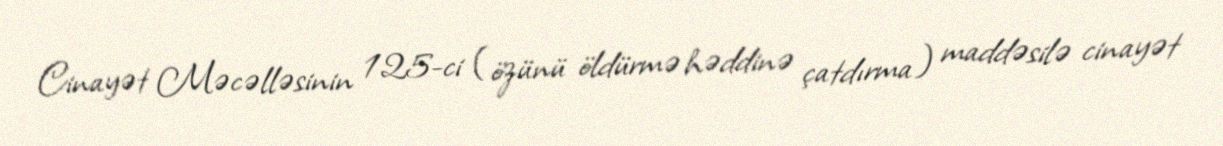
Cinayət Məcəlləsinin 125-ci (özünü öldürmə həddinə çatdırma) maddəsilə cinayət